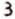
3